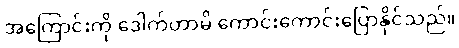
အကြောင်းကို ဒေါက်တာမိ ကောင်းကောင်းပြောနိုင်သည်။